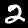
Digit: 2